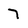
Character: 7